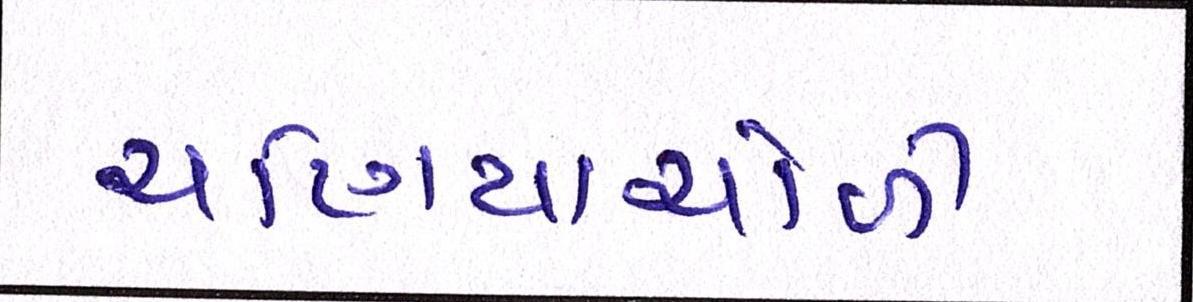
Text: ચણિયાચોળી